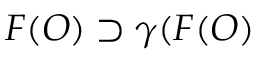
{ \cal F } ( { \cal O } ) \supset \gamma ( { \cal F } ( { \cal O } )